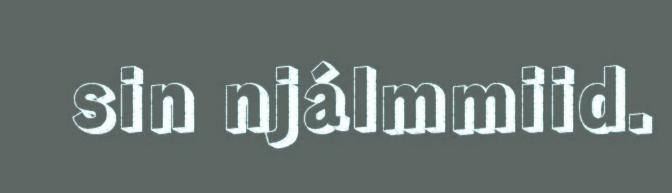
sin njálmmiid.